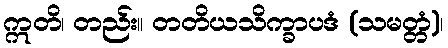
ဣတိ၊ တည်း။ တတိယသိက္ခာပဒံ (သမတ္တံ)၊